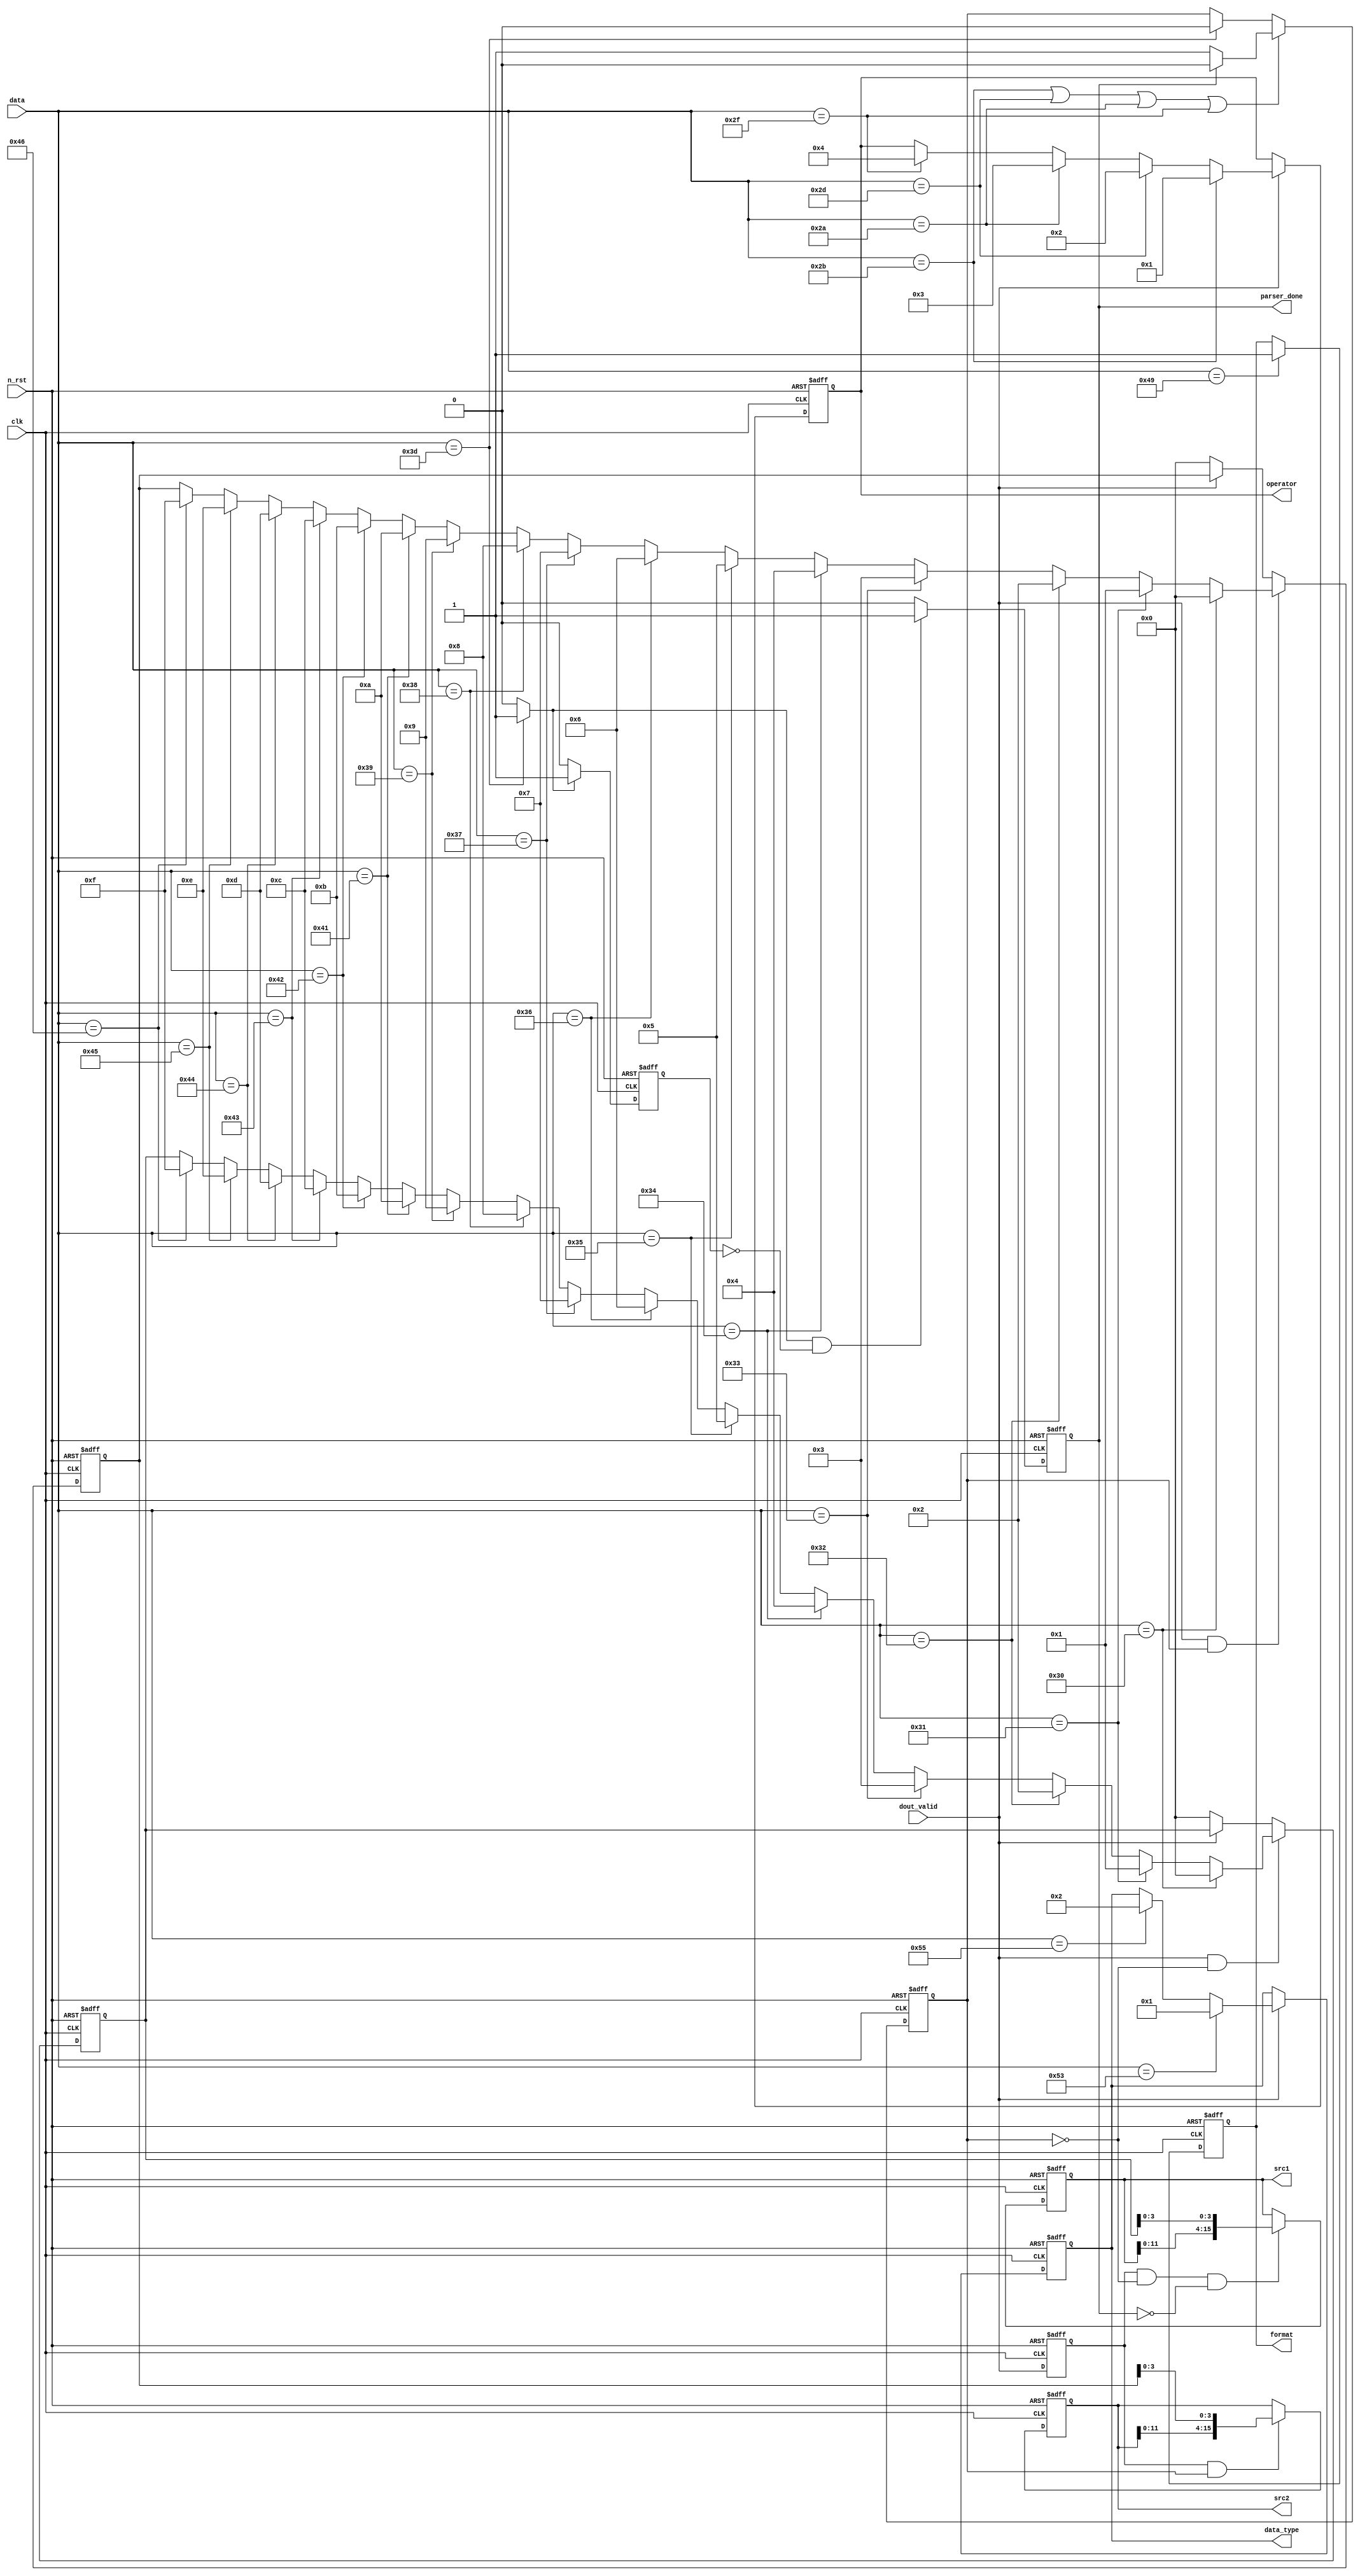
module decoder (
    input clk,
    input n_rst,
    input [7:0] data,
    input dout_valid,
    output reg format,
    output reg [3:0] data_type,
    output reg [4:0] operator,
    output reg parser_done,
    output reg [15:0] src1, src2
);

reg op_s; // operator input signal
reg n_dout_val;
reg n_equal;


always @(posedge clk or negedge n_rst)
    if(!n_rst)
        n_dout_val <= 1'b0;
    else
        n_dout_val <= dout_valid;


always @(posedge clk or negedge n_rst)
    if(!n_rst)
        data_type <= 4'b0;
    else begin
        if(dout_valid == 1'b1)
            data_type <= (data == 8'h53)? 4'h1 : // Signed
                         (data == 8'h55)? 4'h2 : data_type; // Unsigned
    end
    
always @(posedge clk or negedge n_rst)
    if(!n_rst)
        format <= 1'b0;
    else
        format <= (data == 8'h49)? 1'b1 : format; // Integer

reg space_bar;
always @(posedge clk or negedge n_rst)
    if(!n_rst)
        space_bar <= 1'b0;
    else
        space_bar <= (data == 8'h20)? 1'b1: 1'b0;

always @(posedge clk or negedge n_rst)
    if(!n_rst)
        operator <= 5'h0;
    else begin
        if(dout_valid == 1'b1)
            operator <= (data == 8'h2B)? 5'h01 : // +
                        (data == 8'h2D)? 5'h02 : // -
                        (data == 8'h2A)? 5'h03 : // *
                        (data == 8'h2F)? 5'h04 : operator; // /
    end



wire equal;
assign equal = (data == 8'h3D)? 1'b1 : 1'b0;

always @(posedge clk or negedge n_rst)
    if(!n_rst)
        n_equal <= 1'b0;
    else
        n_equal <= (equal == 1'b1)? 1'b1 : 1'b0;

// if data is +, -, * or /, op_s is 1'b1
always @(posedge clk or negedge n_rst)
    if(!n_rst)
        op_s <= 1'b0;
    else if((data == 8'h2B) | (data == 8'h2D) | (data == 8'h2A) | (data == 8'h2F))
        op_s <= (parser_done == 1'b0)? 1'b1: 1'b0;
    else if(data == 8'h3D)
        op_s <= 1'b0;

reg [15:0] src, src0;

always @(posedge clk or negedge n_rst)
    if(!n_rst)
        src <= 16'h0;
    else begin
        if((dout_valid == 1'b1) && (op_s == 1'b0))
            src <= (data == 8'h30)? 16'h0 : // 0
                    (data == 8'h31)? 16'h1 : // 1
                    (data == 8'h32)? 16'h2 : // 2
                    (data == 8'h33)? 16'h3 : // 3
                    (data == 8'h34)? 16'h4 : // 4
                    (data == 8'h35)? 16'h5 : // 5
                    (data == 8'h36)? 16'h6 : // 6
                    (data == 8'h37)? 16'h7 : // 7
                    (data == 8'h38)? 16'h8 : // 8
                    (data == 8'h39)? 16'h9 : // 9
                    (data == 8'h41)? 16'hA : // A
                    (data == 8'h42)? 16'hB : // B
                    (data == 8'h43)? 16'hC : // C
                    (data == 8'h44)? 16'hD : // D
                    (data == 8'h45)? 16'hE : // E
                    (data == 8'h46)? 16'hF : src; // F
        else if(dout_valid == 1'b0)
            src <= 16'h0;
    end

always @(posedge clk or negedge n_rst)
    if(!n_rst)
        src1 <= 16'h0;
    else begin
        if((n_dout_val == 1'b1) && (op_s == 1'b0) && (parser_done == 1'b0))
            src1 <= {src1[11:0], src[3:0]};
        /*else if(dout_valid == 1'b0)
            src1 <= 16'h0;*/
    end

always @(posedge clk or negedge n_rst)
    if(!n_rst)
        src0 <= 16'h0;
    else begin
        if((dout_valid == 1'b1) && (op_s == 1'b1))
            src0 <= (data == 8'h30)? 16'h0 : // 0
                    (data == 8'h31)? 16'h1 : // 1
                    (data == 8'h32)? 16'h2 : // 2
                    (data == 8'h33)? 16'h3 : // 3
                    (data == 8'h34)? 16'h4 : // 4
                    (data == 8'h35)? 16'h5 : // 5
                    (data == 8'h36)? 16'h6 : // 6
                    (data == 8'h37)? 16'h7 : // 7
                    (data == 8'h38)? 16'h8 : // 8
                    (data == 8'h39)? 16'h9 : // 9
                    (data == 8'h41)? 16'hA : // A
                    (data == 8'h42)? 16'hB : // B
                    (data == 8'h43)? 16'hC : // C
                    (data == 8'h44)? 16'hD : // D
                    (data == 8'h45)? 16'hE : // E
                    (data == 8'h46)? 16'hF : src0; // F
        else if(dout_valid == 1'b0)
            src0 <= 16'h0;
    end

always @(posedge clk or negedge n_rst)
    if(!n_rst)
        src2 <= 16'h0;
    else begin
        if((n_dout_val == 1'b1) && (op_s == 1'b1))
            src2 <= {src2[11:0], src0[3:0]};
        /*else if(dout_valid == 1'b0)
            src2 <= 16'h0;*/
    end

always @(posedge clk or negedge n_rst)
    if(!n_rst)
        parser_done <= 1'b0;
    else begin
        if(equal == 1'b1 && n_equal == 1'b0)
            // if operator is '=', parser_done is 1'b1
            parser_done <= 1'b1;
        else
            parser_done <= 1'b0;
    end
    
endmodule